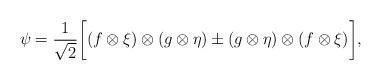
LaTeX: \begin{align*}\psi=\frac{1}{\sqrt{2}}\bigg[(f\otimes \xi)\otimes (g\otimes \eta)\pm (g\otimes \eta)\otimes (f\otimes \xi)\bigg],\end{align*}